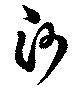
沙